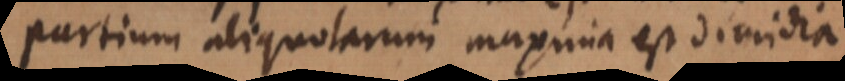
Partium aliquotarum maxima est dimidia